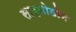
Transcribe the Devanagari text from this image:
साइनोडोन